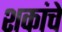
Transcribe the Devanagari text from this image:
शकांचे